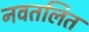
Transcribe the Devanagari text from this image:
नवतलित